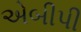
એબીપી